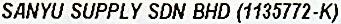
SANYU SUPPLY SDN BHD (1135772-K)